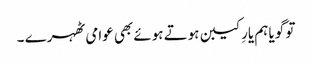
تو گویا ہم یارِ کیبن ہوتے ہوئے بھی عوامی ٹھہرے ۔